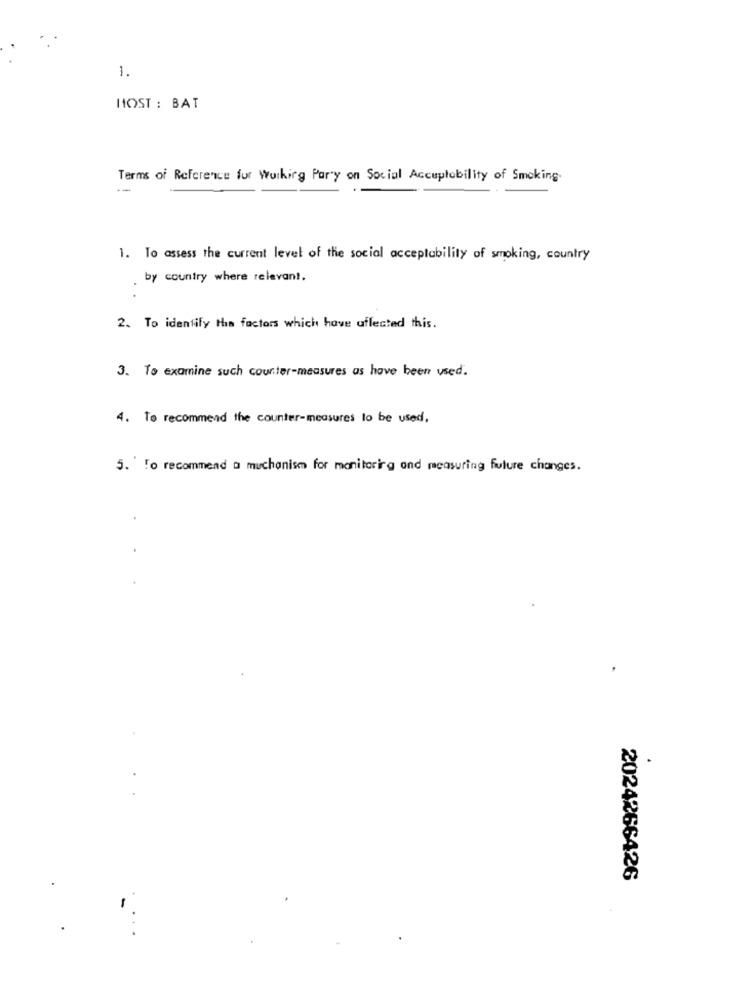
1.
HOST : BAT
Terms of Reference for Working Party on Social Accuplobility of Smoking.
1. To assess the current level of the social acceptability of smoking, country
by country where relevant.
2. To identify the factors which have uflected this.
3. To examine such counter-measures as have been used.
4. To recommend the counter-measures lo be used,
5. To recommend a muchanism for monitoring and measuring future changes.
2024266426